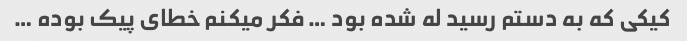
کیکی که به دستم رسید له شده بود … فکر میکنم خطای پیک بوده …